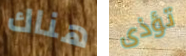
هناك تؤذى